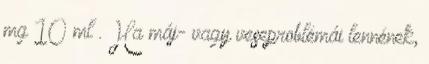
mg 10 ml . Ha máj- vagy veseproblémái lennének,